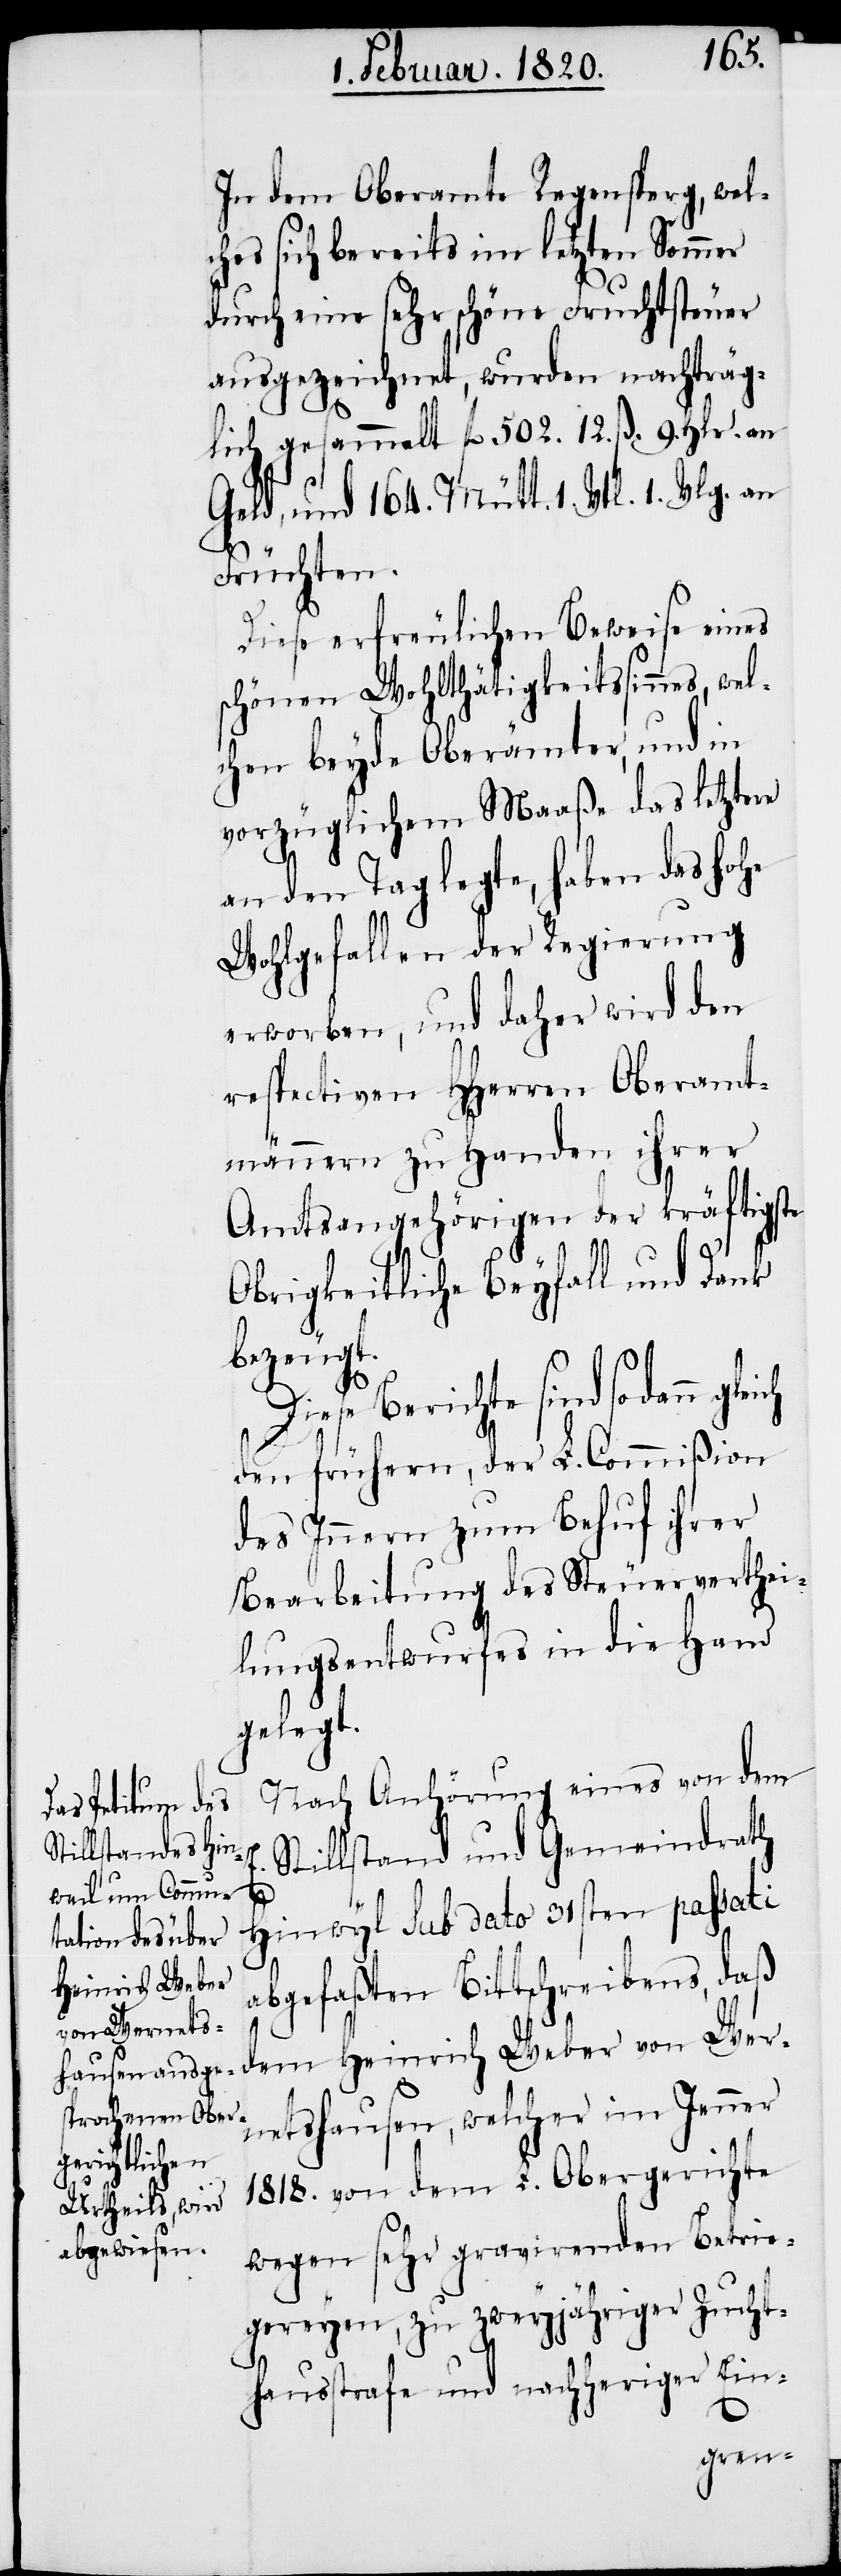
In dem Oberamte Regensperg, wel¬
ches sich bereits im letzten Sommer
durch eine sehr schöne Fruchtsteuer
ausgezeichnet, wurden nachträg¬
lich gesammelt fl 502. 12. ß. 9. Hlr. an
Geld, und 164. Mütt. 1. Vtl. 1. Vlg. an
Früchten.
Diese erfreulichen Beweise eines
schönen Wohlthätigkeitssinnes, wel¬
chen beyde Oberämter, und in
vorzüglichem Maaße das letztere
an den Tag legte, haben das hohe
Wohlgefallen der Regierung
erworben, und daher wird den
respectiven HHerren Oberamt¬
männern zu Handen ihrer
Amtsangehörigen der kräftigste
Obrigkeitliche Beyfall und Dank
bezeugt.
Diese Berichte sind sodann
den frühern, der L. Commißion
des Innern zum Behuf ihrer
Bearbeitung des Steuerverthei¬
lungsentwurfes in die Hand
gelegt.
Nach Anhörung eines von dem
Stillstand und Gemeindrath
Hinwyl sub dato 31sten passati
abgefaßten Bittschreibens, daß
dem Heinrich Weber von Wer¬
netshausen, welcher im Jenner
1818. von dem L. Obergerichte
wegen sehr gravirenden Betrie¬
gereyen, zu zweyjähriger Zucht¬
hausstrafe und nachheriger Ein-